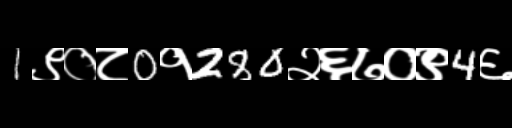
Text: 1९०८0१280२६७०९4६